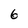
Character: 6